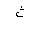
Letter: _tha